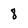
Character: 8